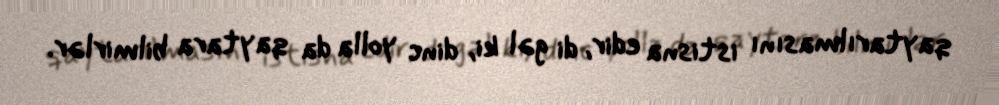
qaytarılmasını istisna edir, di gəl ki, dinc yolla da qaytara bilmirlər.